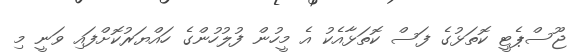
ޖޫސްޕެޓީ ކޮތަޅުގެ ފަސް ކޮތަޅާއެކު އެ މީހުން ފުލުހުންގެ ހައްޔަރުކޮށްފައި ވަނީ މި